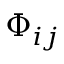
\Phi _ { i j }